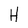
Character: H